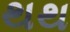
થથ